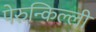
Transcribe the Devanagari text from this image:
पेरुन्किल्ली